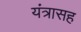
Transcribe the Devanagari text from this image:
यंत्रासह